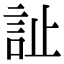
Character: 訨